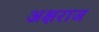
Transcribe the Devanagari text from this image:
अक्षराज